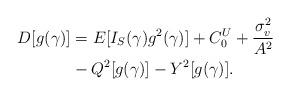
LaTeX: \begin{align*}D[g(\gamma)] &= E[I_S(\gamma )g^2(\gamma)] + C_0^U + \frac{\sigma_v^2}{A^2} \\&- Q^2[g(\gamma)]- Y^2[g(\gamma)].\end{align*}